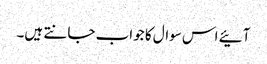
آئیے اس سوال کا جواب جانتے ہیں۔